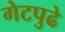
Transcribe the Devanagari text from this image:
गेटपुढे